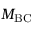
M _ { \mathrm { B C } }